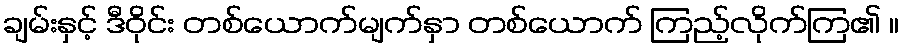
ချမ်းနှင့် ဒီဝိုင်း တစ်ယောက်မျက်နှာ တစ်ယောက် ကြည့်လိုက်ကြ၏ ။